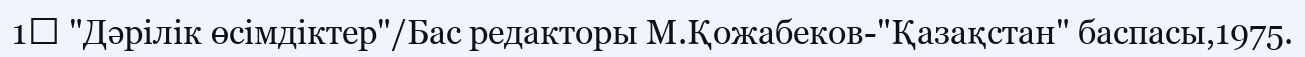
1↑ "Дәрілік өсімдіктер"/Бас редакторы М.Қожабеков-"Қазақстан" баспасы,1975.